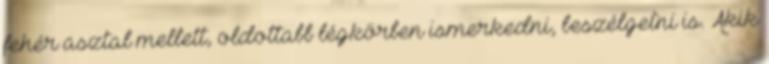
fehér asztal mellett, oldottabb légkörben ismerkedni, beszélgetni is. Akik